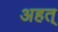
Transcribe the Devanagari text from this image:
अहत्